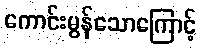
ကောင်းမွန်သောကြောင့်